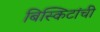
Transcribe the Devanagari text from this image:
बिस्किटांची